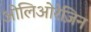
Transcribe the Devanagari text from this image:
ओलिओरेज़िन